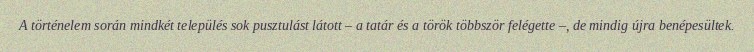
A történelem során mindkét település sok pusztulást látott – a tatár és a török többször felégette –, de mindig újra benépesültek.